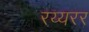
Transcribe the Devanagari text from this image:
रय्यरर